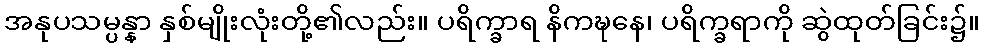
အနုပသမ္ပန္နာ နှစ်မျိုးလုံးတို့၏လည်း။ ပရိက္ခာရ နိကဍ္ဎနေ၊ ပရိက္ခရာကို ဆွဲထုတ်ခြင်း၌။